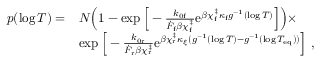
\begin{array} { r l } { p ( \log T ) = } & { N \Big ( 1 - \exp \Big [ - \frac { k _ { 0 \mathrm { f } } } { \dot { F } _ { \mathrm { f } } \beta \chi _ { \mathrm { f } } ^ { \ddag } } \mathrm { e } ^ { \beta \chi _ { \mathrm { f } } ^ { \ddag } \kappa _ { \mathrm { f } } g ^ { - 1 } ( \log T ) } \Big ] \Big ) \times } \\ & { \exp \Big [ - \frac { k _ { 0 \mathrm { r } } } { \dot { F } _ { \mathrm { r } } \beta \chi _ { \mathrm { r } } ^ { \ddag } } \mathrm { e } ^ { \beta \chi _ { \mathrm { r } } ^ { \ddag } \kappa _ { \xi } ( g ^ { - 1 } ( \log T ) - g ^ { - 1 } ( \log T _ { \mathrm { e q } } ) ) } \Big ] ~ , } \end{array}